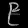
Digit: ၉